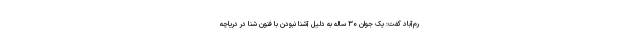
رم‌آباد گفت: یک جوان ۳۰ ساله به دلیل آشنا نبودن با فنون شنا در دریاچه